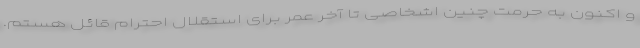
و اکنون به حرمت چنین اشخاصی تا آخر عمر برای استقلال احترام قائل هستم.